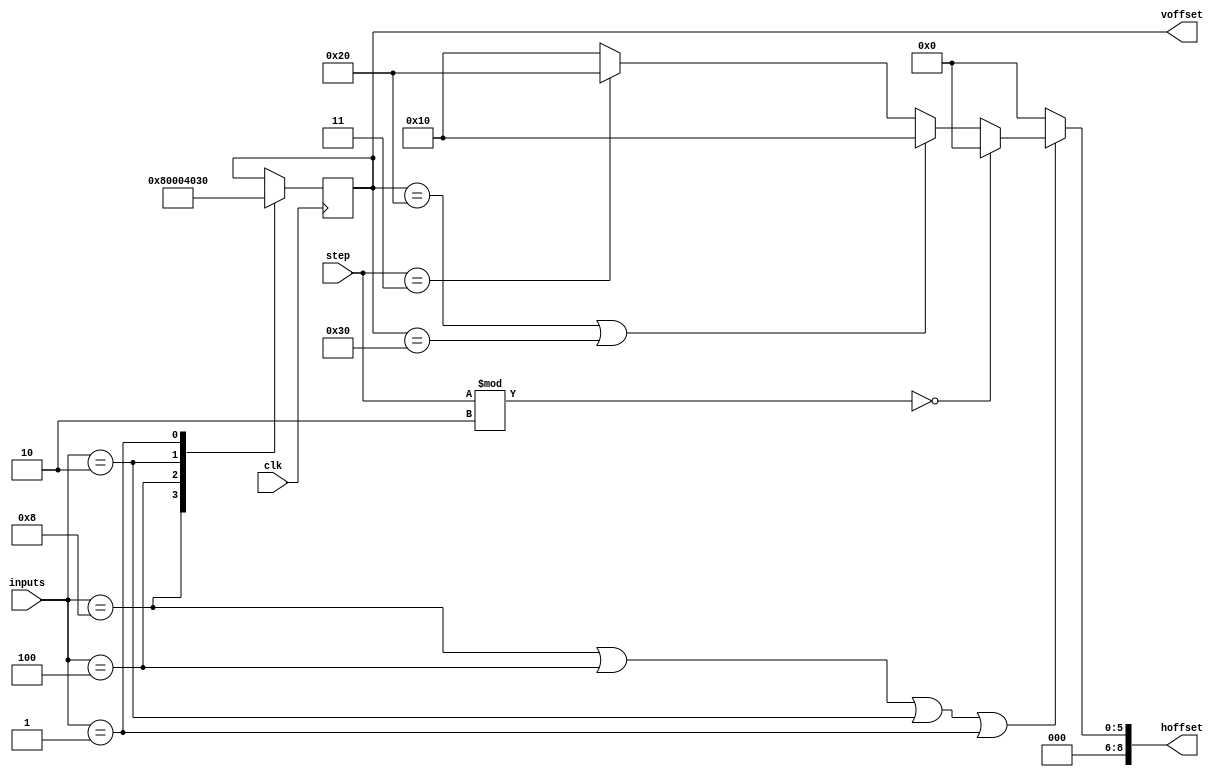
`timescale 1ns / 1ps

module Sprite_Sel(
	input clk,
	input [3:0] inputs,
	input [1:0] step,
	output reg [8:0] hoffset,
	output reg [8:0] voffset
   );
	wire have_inputs;
	reg walk = 0;
	assign have_inputs = (inputs == 8 || inputs == 4 || inputs == 2 || inputs == 1);
	initial begin
		hoffset <= 0;
		voffset <= 0;
	end
	always@(posedge clk) begin
		case(inputs)
			4'b1000: voffset <= 16;// up
			4'b0100: voffset <= 0; // down
			4'b0010: voffset <= 32; //left
			4'b0001: voffset <= 48; //right
			4'b0000: voffset <= voffset;
			default: voffset <= voffset;
		endcase
	end
	always@(step) begin
		hoffset <= have_inputs == 1'b0 ? 1'b0 : step % 2 == 1'b0 ? 1'b0 : (voffset == 32 || voffset == 48) ? 16 : step == 3 ? 32 : 16;
		walk = step == 1'b1 ? walk + 1'b1 : walk;
	end
endmodule